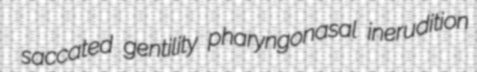
saccated gentility pharyngonasal inerudition